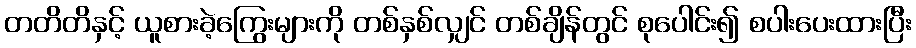
တတိတိနှင့် ယူစားခဲ့ကြွေးများကို တစ်နှစ်လျှင် တစ်ချိန်တွင် စုပေါင်း၍ စပါးပေးထားပြီး